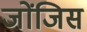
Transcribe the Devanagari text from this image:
जोंजिस